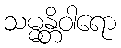
သမ္မန္တိဝါရော